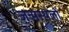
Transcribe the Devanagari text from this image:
जन्मस्थलों